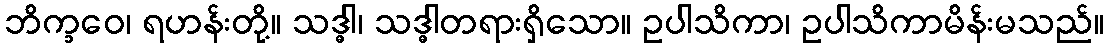
ဘိက္ခဝေ၊ ရဟန်းတို့။ သဒ္ဓါ၊ သဒ္ဓါတရားရှိသော။ ဥပါသိကာ၊ ဥပါသိကာမိန်းမသည်။